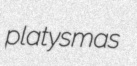
platysmas